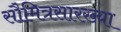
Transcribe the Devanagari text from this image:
सौमित्रसारख्या